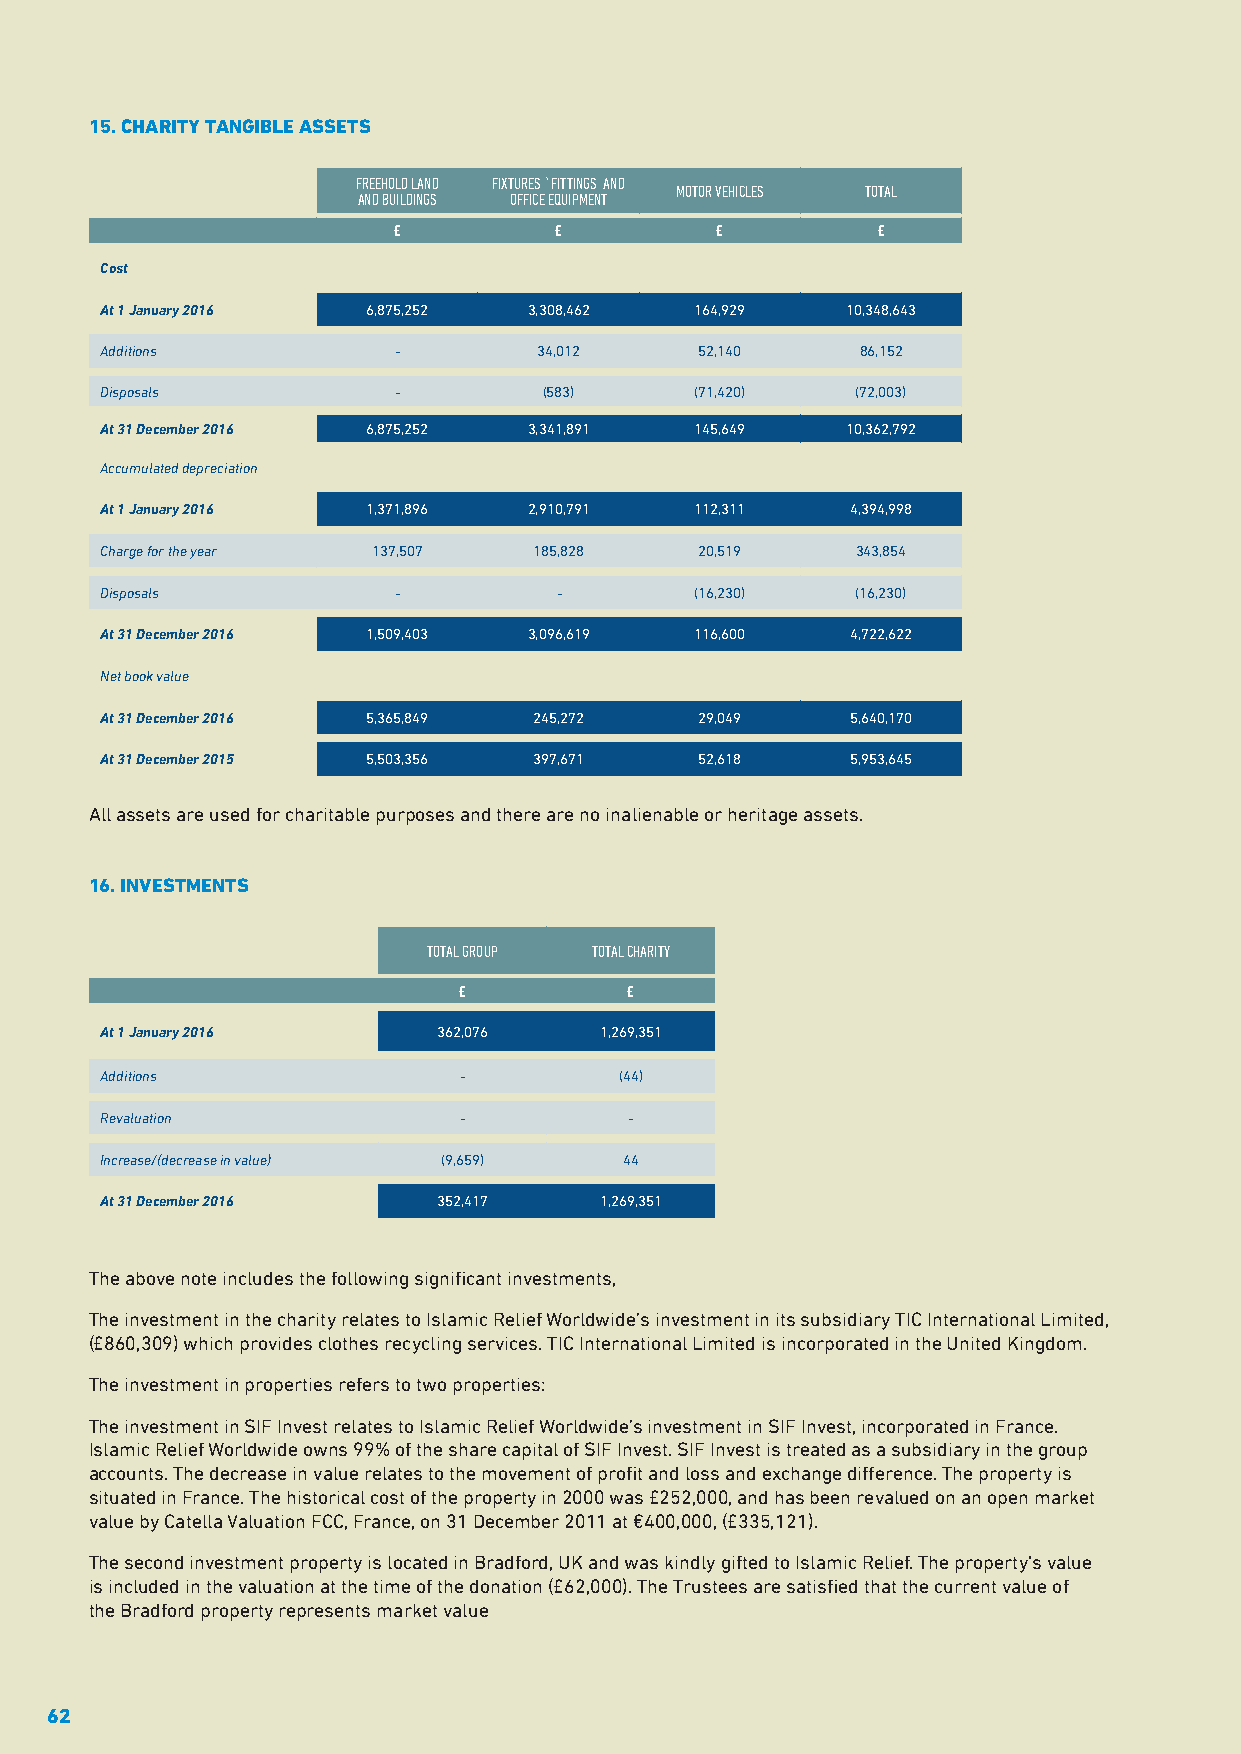
15. CHARITY TANGIBLE ASSETS
 FREEHOLD LAND FIXTURES `FITTINGS AND
 MOTOR VEHICLES TOTAL
 AND BUILDINGS OFFICE EQUIPMENT
 £          £         £          £
 Cost
 At 1 January 2016 6,875,252 3,308,462  164,929   10,348,643
 Additions          -         34,012    52,140     86,152
 Disposals          -         (583)     (71,420)   (72,003)
 At 31 December 2016 6,875,252 3,341,891 145,649  10,362,792
 Accumulated depreciation
 At 1 January 2016 1,371,896 2,910,791  112,311   4,394,998
 Charge for the year 137,507 185,828    20,519     343,854
 Disposals          -          -        (16,230)   (16,230)
 At 31 December 2016 1,509,403 3,096,619 116,600  4,722,622
 Net book value
 At 31 December 2016 5,365,849 245,272  29,049    5,640,170
 At 31 December 2015 5,503,356 397,671  52,618    5,953,645
 All assets are used for charitable purposes and there are no inalienable or heritage assets.
 16. INVESTMENTS
 TOTAL GROUP TOTAL CHARITY
 £           £
 At 1 January 2016     362,076    1,269,351
 Additions              -          (44)
 Revaluation            -           -
 Increase/(decrease in value) (9,659) 44
 At 31 December 2016   352,417    1,269,351
 The above note includes the following significant investments,
 The investment in the charity relates to Islamic Relief Worldwide’s investment in its subsidiary TIC International Limited,
 (£860,309) which provides clothes recycling services. TIC International Limited is incorporated in the United Kingdom.
 The investment in properties refers to two properties:
 The investment in SIF Invest relates to Islamic Relief Worldwide’s investment in SIF Invest, incorporated in France.
 Islamic Relief Worldwide owns 99% of the share capital of SIF Invest. SIF Invest is treated as a subsidiary in the group
 accounts. The decrease in value relates to the movement of profit and loss and exchange difference. The property is
 situated in France. The historical cost of the property in 2000 was £252,000, and has been revalued on an open market
 value by Catella Valuation FCC, France, on 31 December 2011 at €400,000, (£335,121).
 The second investment property is located in Bradford, UK and was kindly gifted to Islamic Relief. The property's value
 is included in the valuation at the time of the donation (£62,000). The Trustees are satisfied that the current value of
 the Bradford property represents market value
 62